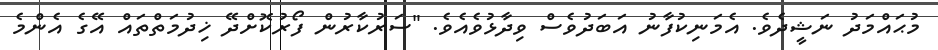
މުޙައްމަދު ނަޝީދެވެ. އެމަނިކުފާނު އަބަދުވެސް ވިދާޅުވެއެވެ. "ސަރުކާރުން ފޯރުކޮށްދޭ ޚިދުމަތްތައް އޭގެ އެންމެ